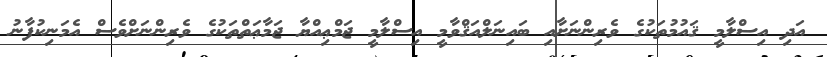
އަދި އިސްލާމީ ޤައުމުތަކުގެ ވެރިންނަށާއި ބައިނަލްއަޤްވާމީ އިސްލާމީ ޖަމްޢިއްޔާ ޖަމާޢަތްތަކުގެ ވެރިންނަށްވެސް އެމަނިކުފާނު